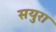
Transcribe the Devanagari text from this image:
सयुरा